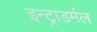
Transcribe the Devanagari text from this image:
इन्ट्राडर्मल